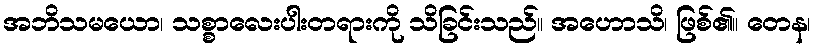
အဘိသမယော၊ သစ္စာလေးပါးတရားကို သိခြင်းသည်။ အဟောသိ၊ ဖြစ်၏။ တေန၊